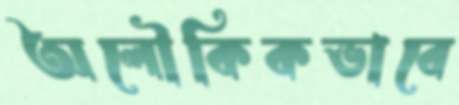
অলৌকিকভাবে